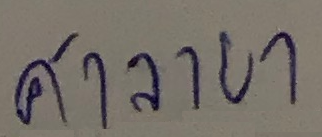
ศาลายา